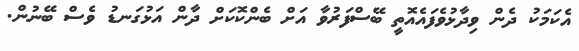
އެކަމަކު ދެން ވިދާޅުވެފައެއޮތީ ބޭސްފަރުވާ އަށް ބެންކޮކަށް ދާން އަޅުގަނޑު ވެސް ބޭނުން.